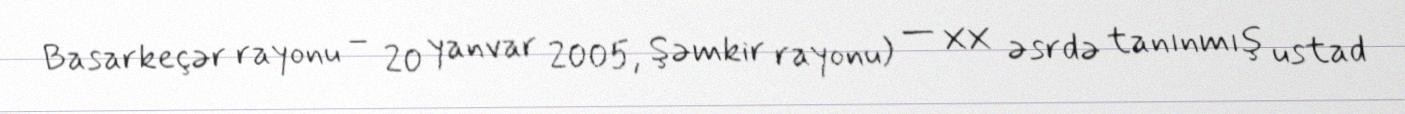
Basarkeçər rayonu – 20 yanvar 2005, Şəmkir rayonu) — XX əsrdə tanınmış ustad